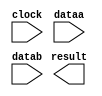
// megafunction wizard: %ALTFP_MULT%VBB%
// GENERATION: STANDARD
// VERSION: WM1.0
// MODULE: ALTFP_MULT 

// ============================================================
// Megafunction Name(s):
// 			ALTFP_MULT
//
// Simulation Library Files(s):
// 			lpm
// ============================================================
// ************************************************************
// THIS IS A WIZARD-GENERATED FILE. DO NOT EDIT THIS FILE!
//
// 13.1.0 Build 162 10/23/2013 SJ Full Version
// ************************************************************

//Copyright (C) 1991-2013 Altera Corporation
//Your use of Altera Corporation's design tools, logic functions 
//and other software and tools, and its AMPP partner logic 
//functions, and any output files from any of the foregoing 
//(including device programming or simulation files), and any 
//associated documentation or information are expressly subject 
//to the terms and conditions of the Altera Program License 
//Subscription Agreement, Altera MegaCore Function License 
//Agreement, or other applicable license agreement, including, 
//without limitation, that your use is for the sole purpose of 
//programming logic devices manufactured by Altera and sold by 
//Altera or its authorized distributors.  Please refer to the 
//applicable agreement for further details.

module fp_multer (
	clock,
	dataa,
	datab,
	result)/* synthesis synthesis_clearbox = 1 */;

	input	  clock;
	input	[63:0]  dataa;
	input	[63:0]  datab;
	output	[63:0]  result;

endmodule

// ============================================================
// CNX file retrieval info
// ============================================================
// Retrieval info: LIBRARY: altera_mf altera_mf.altera_mf_components.all
// Retrieval info: PRIVATE: FPM_FORMAT STRING "Double"
// Retrieval info: PRIVATE: INTENDED_DEVICE_FAMILY STRING "Cyclone V"
// Retrieval info: CONSTANT: DEDICATED_MULTIPLIER_CIRCUITRY STRING "YES"
// Retrieval info: CONSTANT: DENORMAL_SUPPORT STRING "NO"
// Retrieval info: CONSTANT: EXCEPTION_HANDLING STRING "NO"
// Retrieval info: CONSTANT: INTENDED_DEVICE_FAMILY STRING "UNUSED"
// Retrieval info: CONSTANT: LPM_HINT STRING "UNUSED"
// Retrieval info: CONSTANT: LPM_TYPE STRING "altfp_mult"
// Retrieval info: CONSTANT: PIPELINE NUMERIC "5"
// Retrieval info: CONSTANT: REDUCED_FUNCTIONALITY STRING "NO"
// Retrieval info: CONSTANT: ROUNDING STRING "TO_NEAREST"
// Retrieval info: CONSTANT: WIDTH_EXP NUMERIC "11"
// Retrieval info: CONSTANT: WIDTH_MAN NUMERIC "52"
// Retrieval info: USED_PORT: clock 0 0 0 0 INPUT NODEFVAL "clock"
// Retrieval info: CONNECT: @clock 0 0 0 0 clock 0 0 0 0
// Retrieval info: USED_PORT: dataa 0 0 64 0 INPUT NODEFVAL "dataa[63..0]"
// Retrieval info: CONNECT: @dataa 0 0 64 0 dataa 0 0 64 0
// Retrieval info: USED_PORT: datab 0 0 64 0 INPUT NODEFVAL "datab[63..0]"
// Retrieval info: CONNECT: @datab 0 0 64 0 datab 0 0 64 0
// Retrieval info: USED_PORT: result 0 0 64 0 OUTPUT NODEFVAL "result[63..0]"
// Retrieval info: CONNECT: result 0 0 64 0 @result 0 0 64 0
// Retrieval info: GEN_FILE: TYPE_NORMAL fp_multer.v TRUE FALSE
// Retrieval info: GEN_FILE: TYPE_NORMAL fp_multer.qip TRUE FALSE
// Retrieval info: GEN_FILE: TYPE_NORMAL fp_multer.bsf TRUE TRUE
// Retrieval info: GEN_FILE: TYPE_NORMAL fp_multer_inst.v TRUE TRUE
// Retrieval info: GEN_FILE: TYPE_NORMAL fp_multer_bb.v TRUE TRUE
// Retrieval info: GEN_FILE: TYPE_NORMAL fp_multer.inc TRUE TRUE
// Retrieval info: GEN_FILE: TYPE_NORMAL fp_multer.cmp FALSE TRUE
// Retrieval info: LIB_FILE: lpm